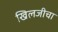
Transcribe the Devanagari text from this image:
खिलजीचा